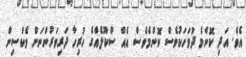
އެވެ. އަދި ކޮންމެ ދުވަހަކުވެސް ކޮންމެވެސް އެއް ސްކޫލެއްގެ ހުރިހާ ދަރިވަރުންނަށް ވެކްސިން